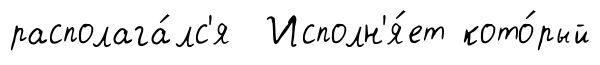
располага́лс'я Исполн'я́ет кото́рый